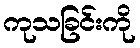
ကုသခြင်းကို